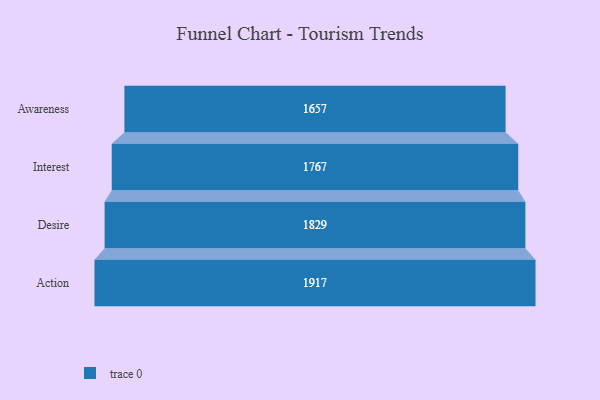
{"axis": {"x": "Stage", "y": "Value"}, "legend": [""], "data": [{"x": "Awareness", "y": 1657.0, "type": ""}, {"x": "Interest", "y": 1767.0, "type": ""}, {"x": "Desire", "y": 1829.0, "type": ""}, {"x": "Action", "y": 1917.0, "type": ""}]}